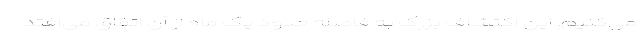
می‌کنیم. این اکتشاف بزرگ به فاصله حدود یک ماه از آن اتفاق می‌افتد